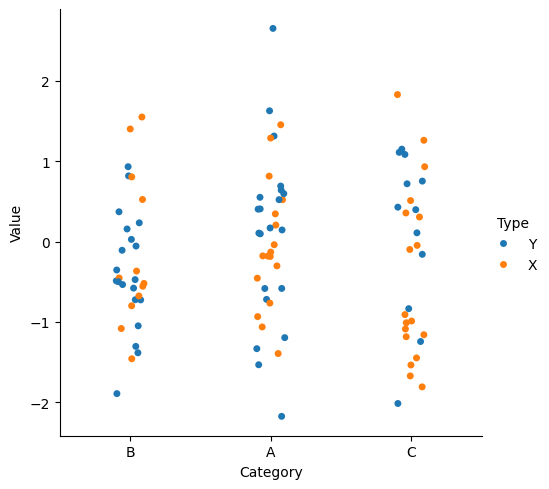
python, seaborn, catplot, kind='strip', height=5, aspect=1